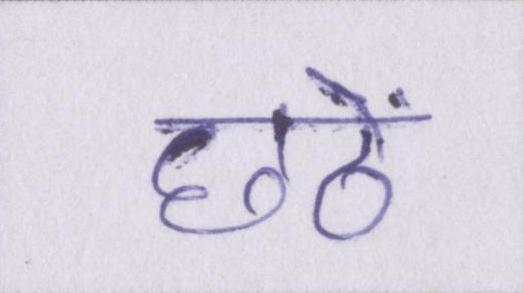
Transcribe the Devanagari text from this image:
छठें